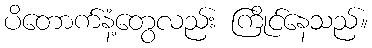
ပိတောက်နံ့တွေလည်း ကြိုင်နေသည်။